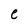
Character: e